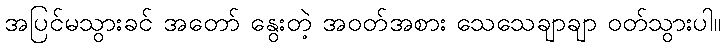
အပြင်မသွားခင် အတော် နွေးတဲ့ အဝတ်အစား သေသေချာချာ ဝတ်သွားပါ။